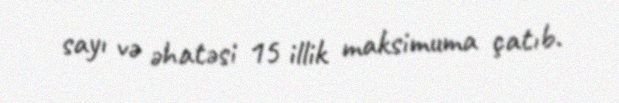
sayı və əhatəsi 15 illik maksimuma çatıb.